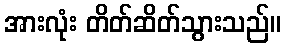
အားလုံး တိတ်ဆိတ်သွားသည်။